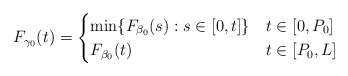
\begin{align*}F_{\gamma_0}(t) =\begin{cases}\min \{ F_{\beta_0}(s) : s \in [0,t] \} & t \in [0,P_0] \\F_{\beta_0}(t) & t \in [P_0,L] \\\end{cases}\end{align*}